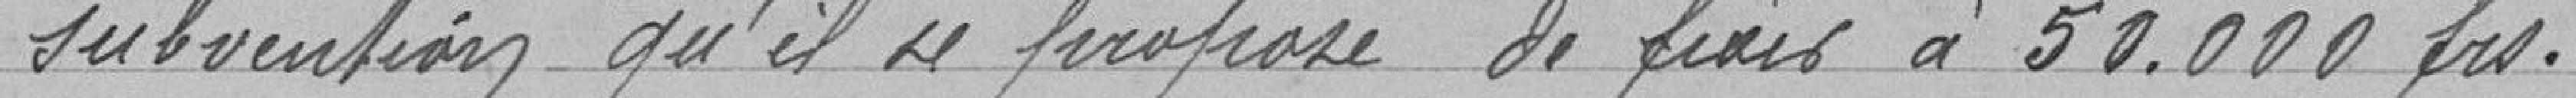
subvention qu'il propose de fixer à 50 000 francs.